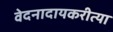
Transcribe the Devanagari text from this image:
वेदनादायकरीत्या